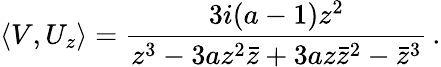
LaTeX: \langle V,U_{z}\rangle=\frac{3i(a-1)z^{2}}{z^{3}-3az^{2}{\bar{z}}+3az{\bar{z}}^{2}-{\bar{z}}^{3}}\, .